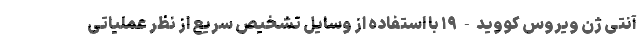
آنتی ژن ویروس کووید-۱۹ با استفاده از وسایل تشخیص سریع از نظر عملیاتی